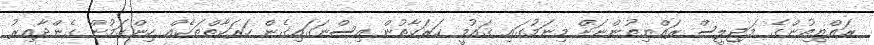
ރައްޔިތުންގެ މަޖިލީސް ރައްޔިތުންނަށް މިނަމުގައި ޤައުމީ ހަަރަކާތުން އިސްނަގައިގެން ހަރަކާތްތަކެއް ހިންގަމުން ގެންދާއިރު